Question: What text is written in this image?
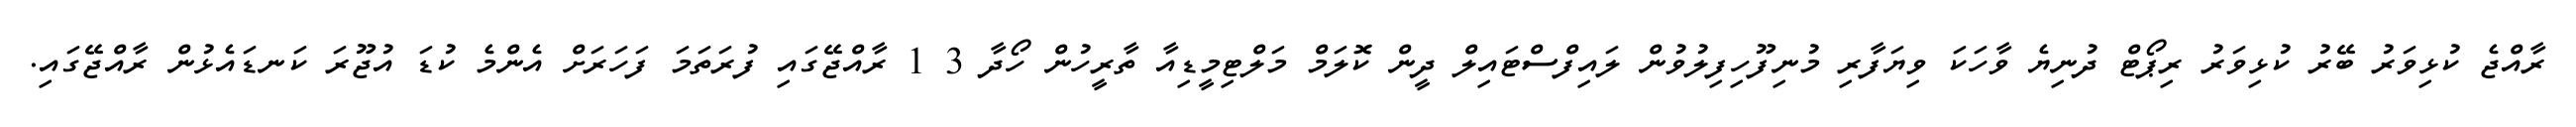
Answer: ރާއްޖެ ކުޅިވަރު ބޭރު ކުޅިވަރު ރިޕޯޓް ދުނިޔެ ވާހަކަ ވިޔަފާރި މުނިފޫހިފިލުވުން ލައިފްސްޓައިލް ދީން ކޮލަމް މަލްޓިމީޑިއާ ތާރީހުން ހޯދާ 3 1 ރާއްޖޭގައި ފުރަތަމަ ފަހަރަށް އެންމެ ކުޑަ އުޖޫރަ ކަނޑައެޅުން ރާއްޖޭގައި.